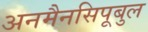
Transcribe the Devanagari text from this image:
अनमैनसिपूबुल